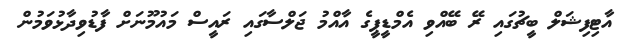
އާޓިފިޝަލް ބީޗުގައި ރޭ ބޭއްވި އެމްޑީޕީގެ އާއްމު ޖަލްސާގައި ރައީސް މައުމޫނަށް ފާޑުވިދާޅުވަމުން